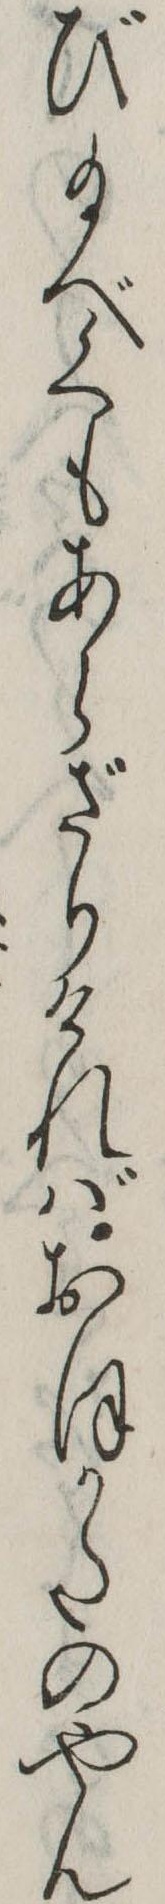
び給べくもあらざりければおほかたのやん